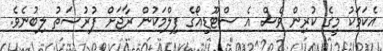
އެކަމަކު މީގެ ކުރިން ވެސް އެ ސްޓޫޑިއޯގެ ފިލްމަކުން ރާޖަށް ފުރުސަތު ލިބުނެވެ.